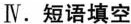
Ⅳ.短语填空